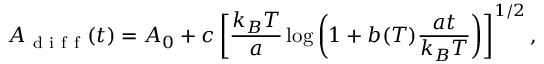
A _ { \mathrm { ~ d ~ i ~ f ~ f ~ } } ( t ) = A _ { 0 } + c \left[ \frac { k _ { B } T } { a } \log \left( 1 + b ( T ) \frac { a t } { k _ { B } T } \right) \right] ^ { 1 / 2 } ,